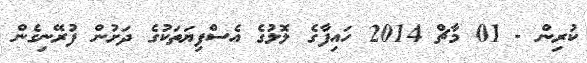
ކުރިން - 01 މާޗް 2014 ހައިފާގެ ލޮލުގެ އެސްފިޔަތަކުގެ ދަށުން ފުރޭނިގެން